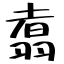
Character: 翥